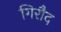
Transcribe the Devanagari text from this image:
गिरौद